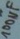
Text: 100µF